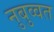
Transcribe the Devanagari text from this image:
नुबुव्वत